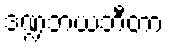
ဒဏ္ဍဘယဘီတာ